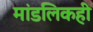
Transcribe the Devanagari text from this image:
मांडलिकही